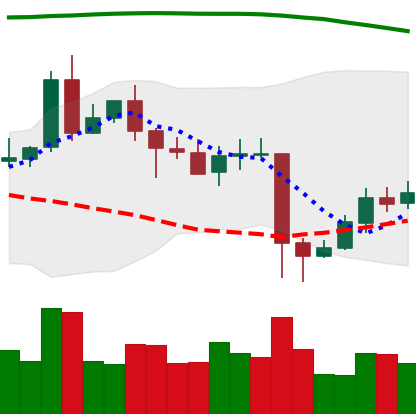
Ticker: EOS-USD
Chart end date: 2020-05-16
Forward return: -5.862%
Label: down_5_7